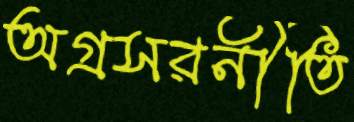
অগ্রসরনীতি